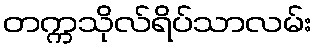
တက္ကသိုလ်ရိပ်သာလမ်း